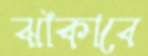
ঝাঁকাবে